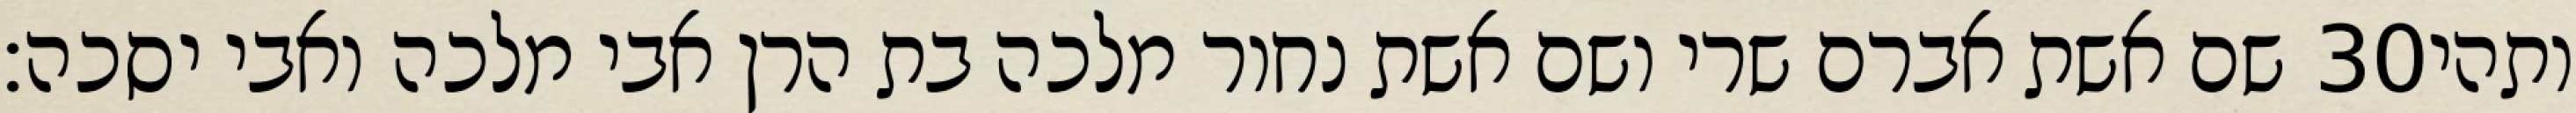
שם אשת אברם שרי ושם אשת נחור מלכה בת הרן אבי מלכה ואבי יסכה׃ ‎30‏ ותהי